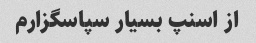
از اسنپ بسیار سپاسگزارم